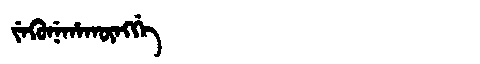
Manchu: ᠵᡝᡴᡠᠨᡝᡥᠠᡴᡡᠩᡤᡝ
Romanization: JEKUNEHAKŪNGGE